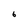
Character: 6